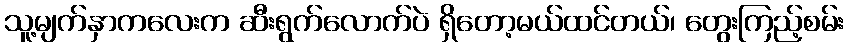
သူ့မျက်နှာကလေးက ဆီးရွက်လောက်ပဲ ရှိတော့မယ်ထင်တယ်၊ တွေးကြည့်စမ်း